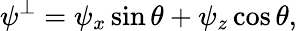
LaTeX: \psi^{\bot}=\psi_{x}\sin\theta+\psi_{z}\cos\theta,